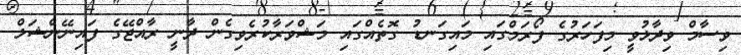
ވިސާމް ވިދާޅުވީ މިފަހަރުގެ ފޯރަމްގައި މައިގަނޑު ގޮތެއްގައި މަޝްވަރާކުރެވިގެން ދާނީ ރާއްޖޭގެ ފައިނޭންޝަލް